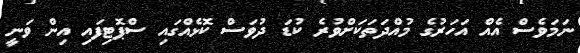
ނަމަވެސް އެއް އަހަރުގެ މުއްދަތަކަށްވުރެ ކުޑަ ދުވަސް ކޮޅެއްގައި ސްޕޮޓިފައި އިން ވަނީ